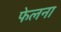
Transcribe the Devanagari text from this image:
फेलना